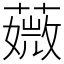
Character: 𦾡